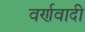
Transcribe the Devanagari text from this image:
वर्णवादी